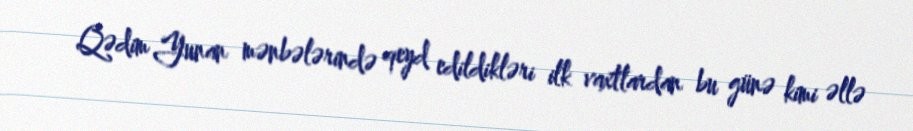
Qədim Yunan mənbələrində qeyd edildikləri ilk vaxtlardan bu günə kimi əllə